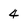
Character: 4